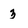
Character: 3